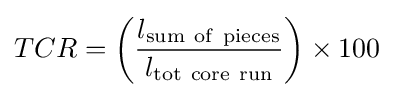
TCR=\left({\frac {l_{\mathrm {sum~of~pieces} }}{l_{\mathrm {tot~core~run} }}}\right)\times 100